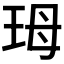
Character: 𭹃